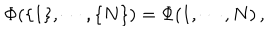
\Phi ( \{ 1 \} , \cdots , \{ N \} ) = \Phi ( 1 , \cdots , N ) \, ,